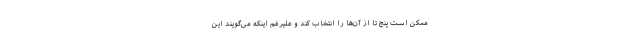
ممکن است پنج تا از آن‌ها را انتخاب کند و علیرغم اینکه می‌گویند این